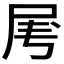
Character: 𡱄